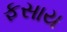
ફસાય